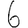
Digit: 6